King Institute of Preventive Medicine Bacteriolog. Section reports 1907-08
Year: 1907
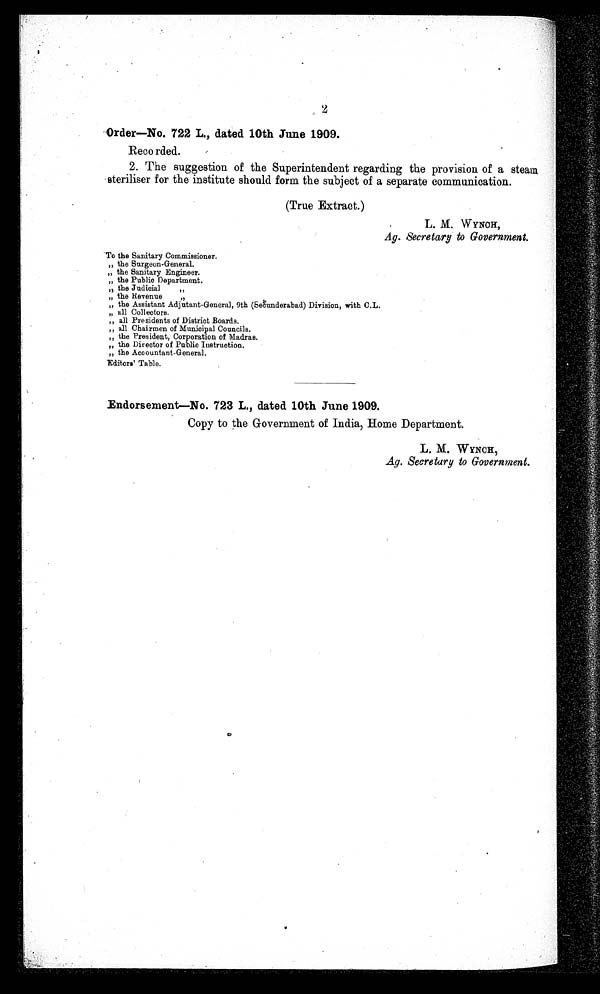
2
Order—No. 722 L., dated 10th June 1909.
Recorded.
2. The suggestion of the Superintendent regarding the provision of a steam.
steriliser for the institute should form the subject of a separate communication.
(True Extract.)
L. M. WYNOH,
Ag. Secretary to Government.
To the Sanitary Commissioner.
To the Surgeon-General.
To the Sanitary Engineer
.
To the Public Department.
To the Judicial
To the Revenue
To the Assistant Adjutant-General, 9th (Secunderabad) Division, with C.L.
To all Collectors.
To all Presidents of District Boards.
To all Chairmen of Municipal Councils.
To the President, Corporation of Madras.
To the Director of Public Instruction.
To the Accountant-General.
Editors' Table.
Endorsement—No. 723 L., dated 10th June 1909.
Copy to the Government of India, Home Department.
L. M. WYNCH,
Ag. Secretary to Government.